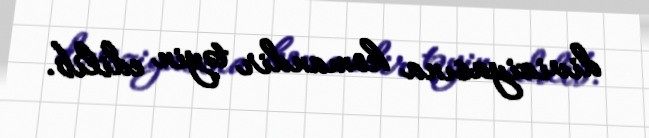
diviziyasına komandir təyin edilib.